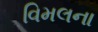
વિમલના